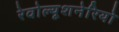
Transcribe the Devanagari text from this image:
रेवोल्यूशनेरियो